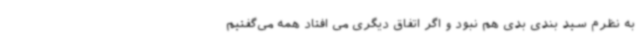
به نظرم سید بندی بدی هم‌ نبود و اگر اتفاق دیگری می افتاد همه می‌گفتیم